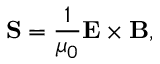
\mathbf { S } = { \frac { 1 } { \mu _ { 0 } } } \mathbf { E } \times \mathbf { B } ,